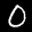
Label: 0